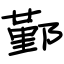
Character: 鄞